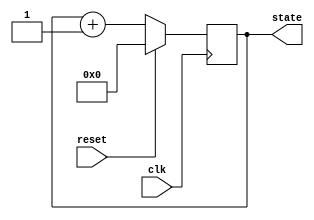
module synchronous_reset_example (
    input wire clk,        // Clock signal
    input wire reset,      // Synchronous reset signal
    output reg [3:0] state // State output (4-bit wide)
);

// Internal state declaration
// The state is declared as a 4-bit register
// You can change the width as per your design requirements

// Always block for synchronous reset and state update
always @(posedge clk) begin
    if (reset) begin
        // Reset condition: set state to predefined value (e.g., 4'b0000)
        state <= 4'b0000;
    end else begin
        // State update logic (example: simple counter)
        // You can replace this with your desired state transition logic
        state <= state + 1'b1; // Increment state
    end
end

endmodule